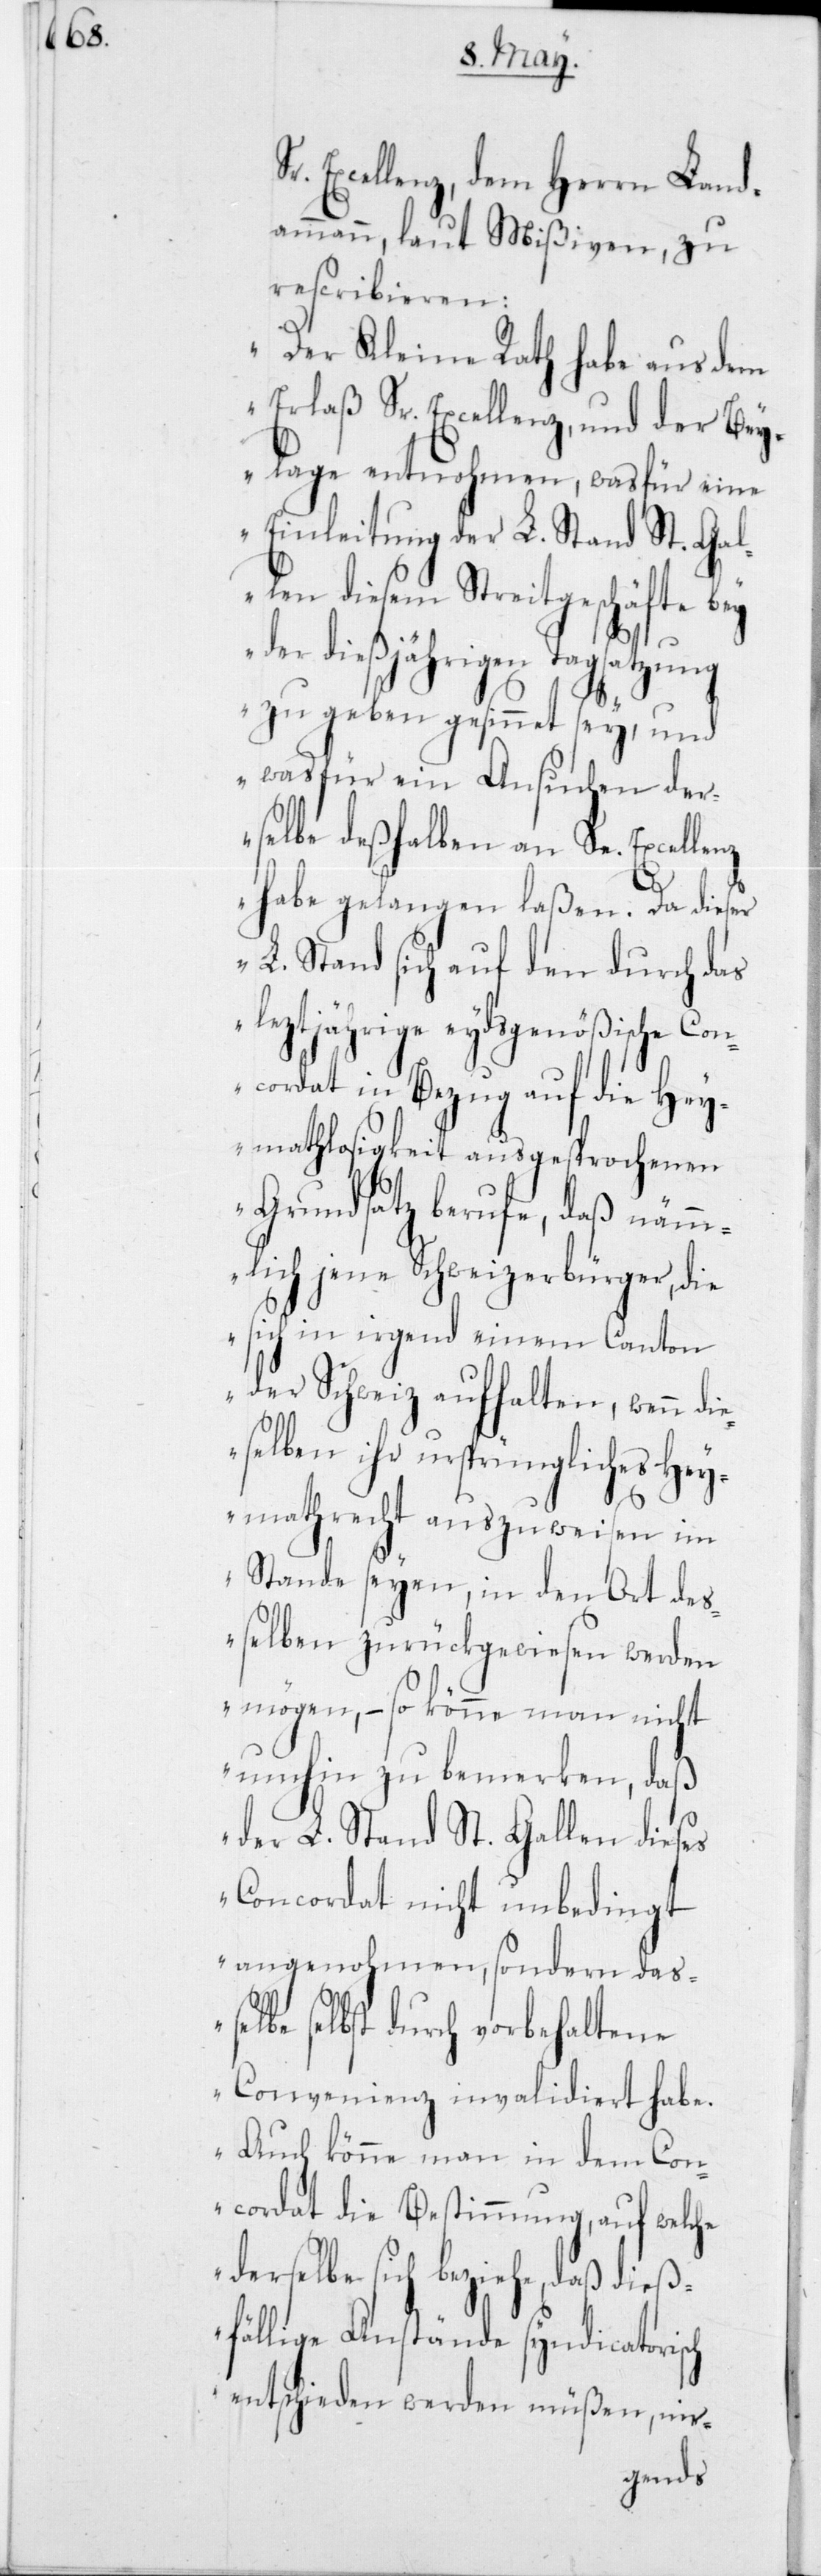
Excellenz, dem Herrn Land¬
ammann, laut Mißiven, zu
rescribieren:
„Der Kleine Rath habe aus dem
Erlaß Sr. Excellenz, und der Bey¬
lage entnohmen, wasfür eine
Einleitung der L. Stand St. Gal¬
len diesem Streitgeschäfte
der dießjährigen Tagsatzung
zu geben gesinnet sey, und
was für ein Ansuchen der¬
selbe deßhalben an Se. Excellenz
habe gelangen laßen. Da dieser
L. Stand sich auf den durch das
leztjährige eydsgenößische Con¬
cordat in Bezug auf die Hey¬
mathlosigkeit ausgesprochenen
Grundsatz berufe, daß
näm¬
mlich jene Schweizerbür¬
die¬
sich in irgend einem
Canton
der Schweiz aufhalt¬
di¬
eselben ihr ursprüngl¬
Hey¬
mathrecht auszuw¬
i¬
mStande seyen, in den Ort de¬
sselben zurückgewiesen werden
mögen, – so könne man
nicht
umhin zu bemerken, daß
der L. Stand St. Gall¬
ses
Concordat nicht unbedingt
angenohmen, sondern das¬
selbe selbst durch vorbehaltene
Convenienz invalidiert habe.
Auch könne man in dem Con¬
cordat die Bestimmung, auf welche
derselbe sich beziehe, daß dieß¬
fällige Anstände syndicatorisch
entschieden werden müßen, nir-